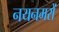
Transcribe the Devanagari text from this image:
नयनमरों